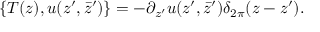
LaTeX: \{ T ( z ) , u ( z ^ { \prime } , \bar { z } ^ { \prime } ) \} = - \partial _ { z ^ { \prime } } u ( z ^ { \prime } , \bar { z } ^ { \prime } ) \delta _ { 2 \pi } ( z - z ^ { \prime } ) .